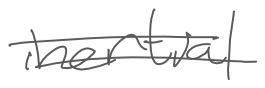
Text: inertial
Cross-out: double-line
Writing tool: digital_gray